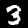
Label: 3